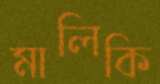
মালিকি